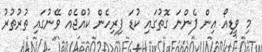
މި ވީޑިއޯ އިން ފެންނަ ގޮތުގައި ކުޑަ ފިރިހެން ކުއްޖެއް ވޭނުގައި ތުރުތުރު